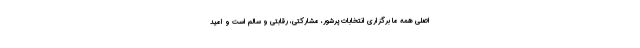
اصلی همه ما برگزاری انتخابات پرشور، مشارکتی، رقابتی و سالم است و امید